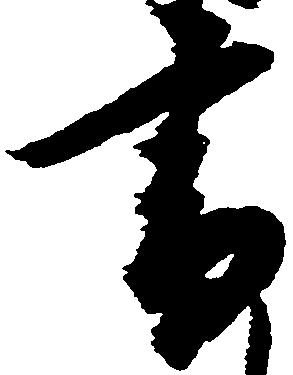
書